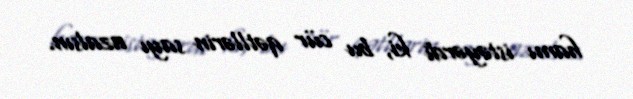
hamı istəyərdi ki, bu cür qətllərin sayı azalsın.